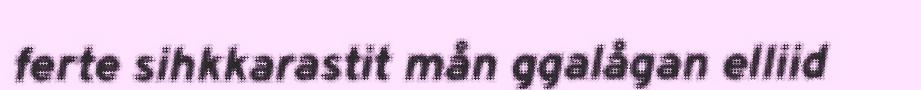
ferte sihkkarastit mån ggalågan elliid